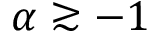
\alpha \gtrsim - 1